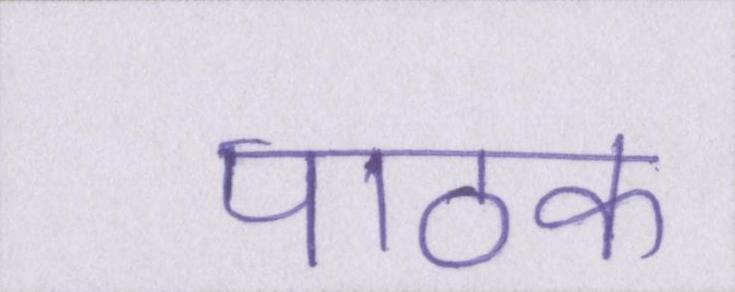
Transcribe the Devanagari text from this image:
पाठक